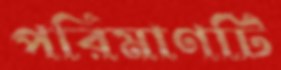
পরিমাণটি